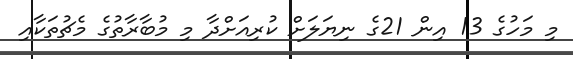
މި މަހުގެ 13 އިން 21ގެ ނިޔަލަށް ކުރިއަށްދާ މި މުބާރާތުގެ މެޗުތަކާއި